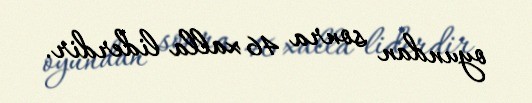
oyundan sonra 46 xalla liderdir.